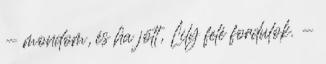
- mondom, és ha jött, Lily felé fordulok. -